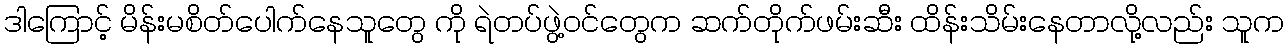
ဒါကြောင့် မိန်းမစိတ်ပေါက်နေသူတွေ ကို ရဲတပ်ဖွဲ့ဝင်တွေက ဆက်တိုက်ဖမ်းဆီး ထိန်းသိမ်းနေတာလို့လည်း သူက